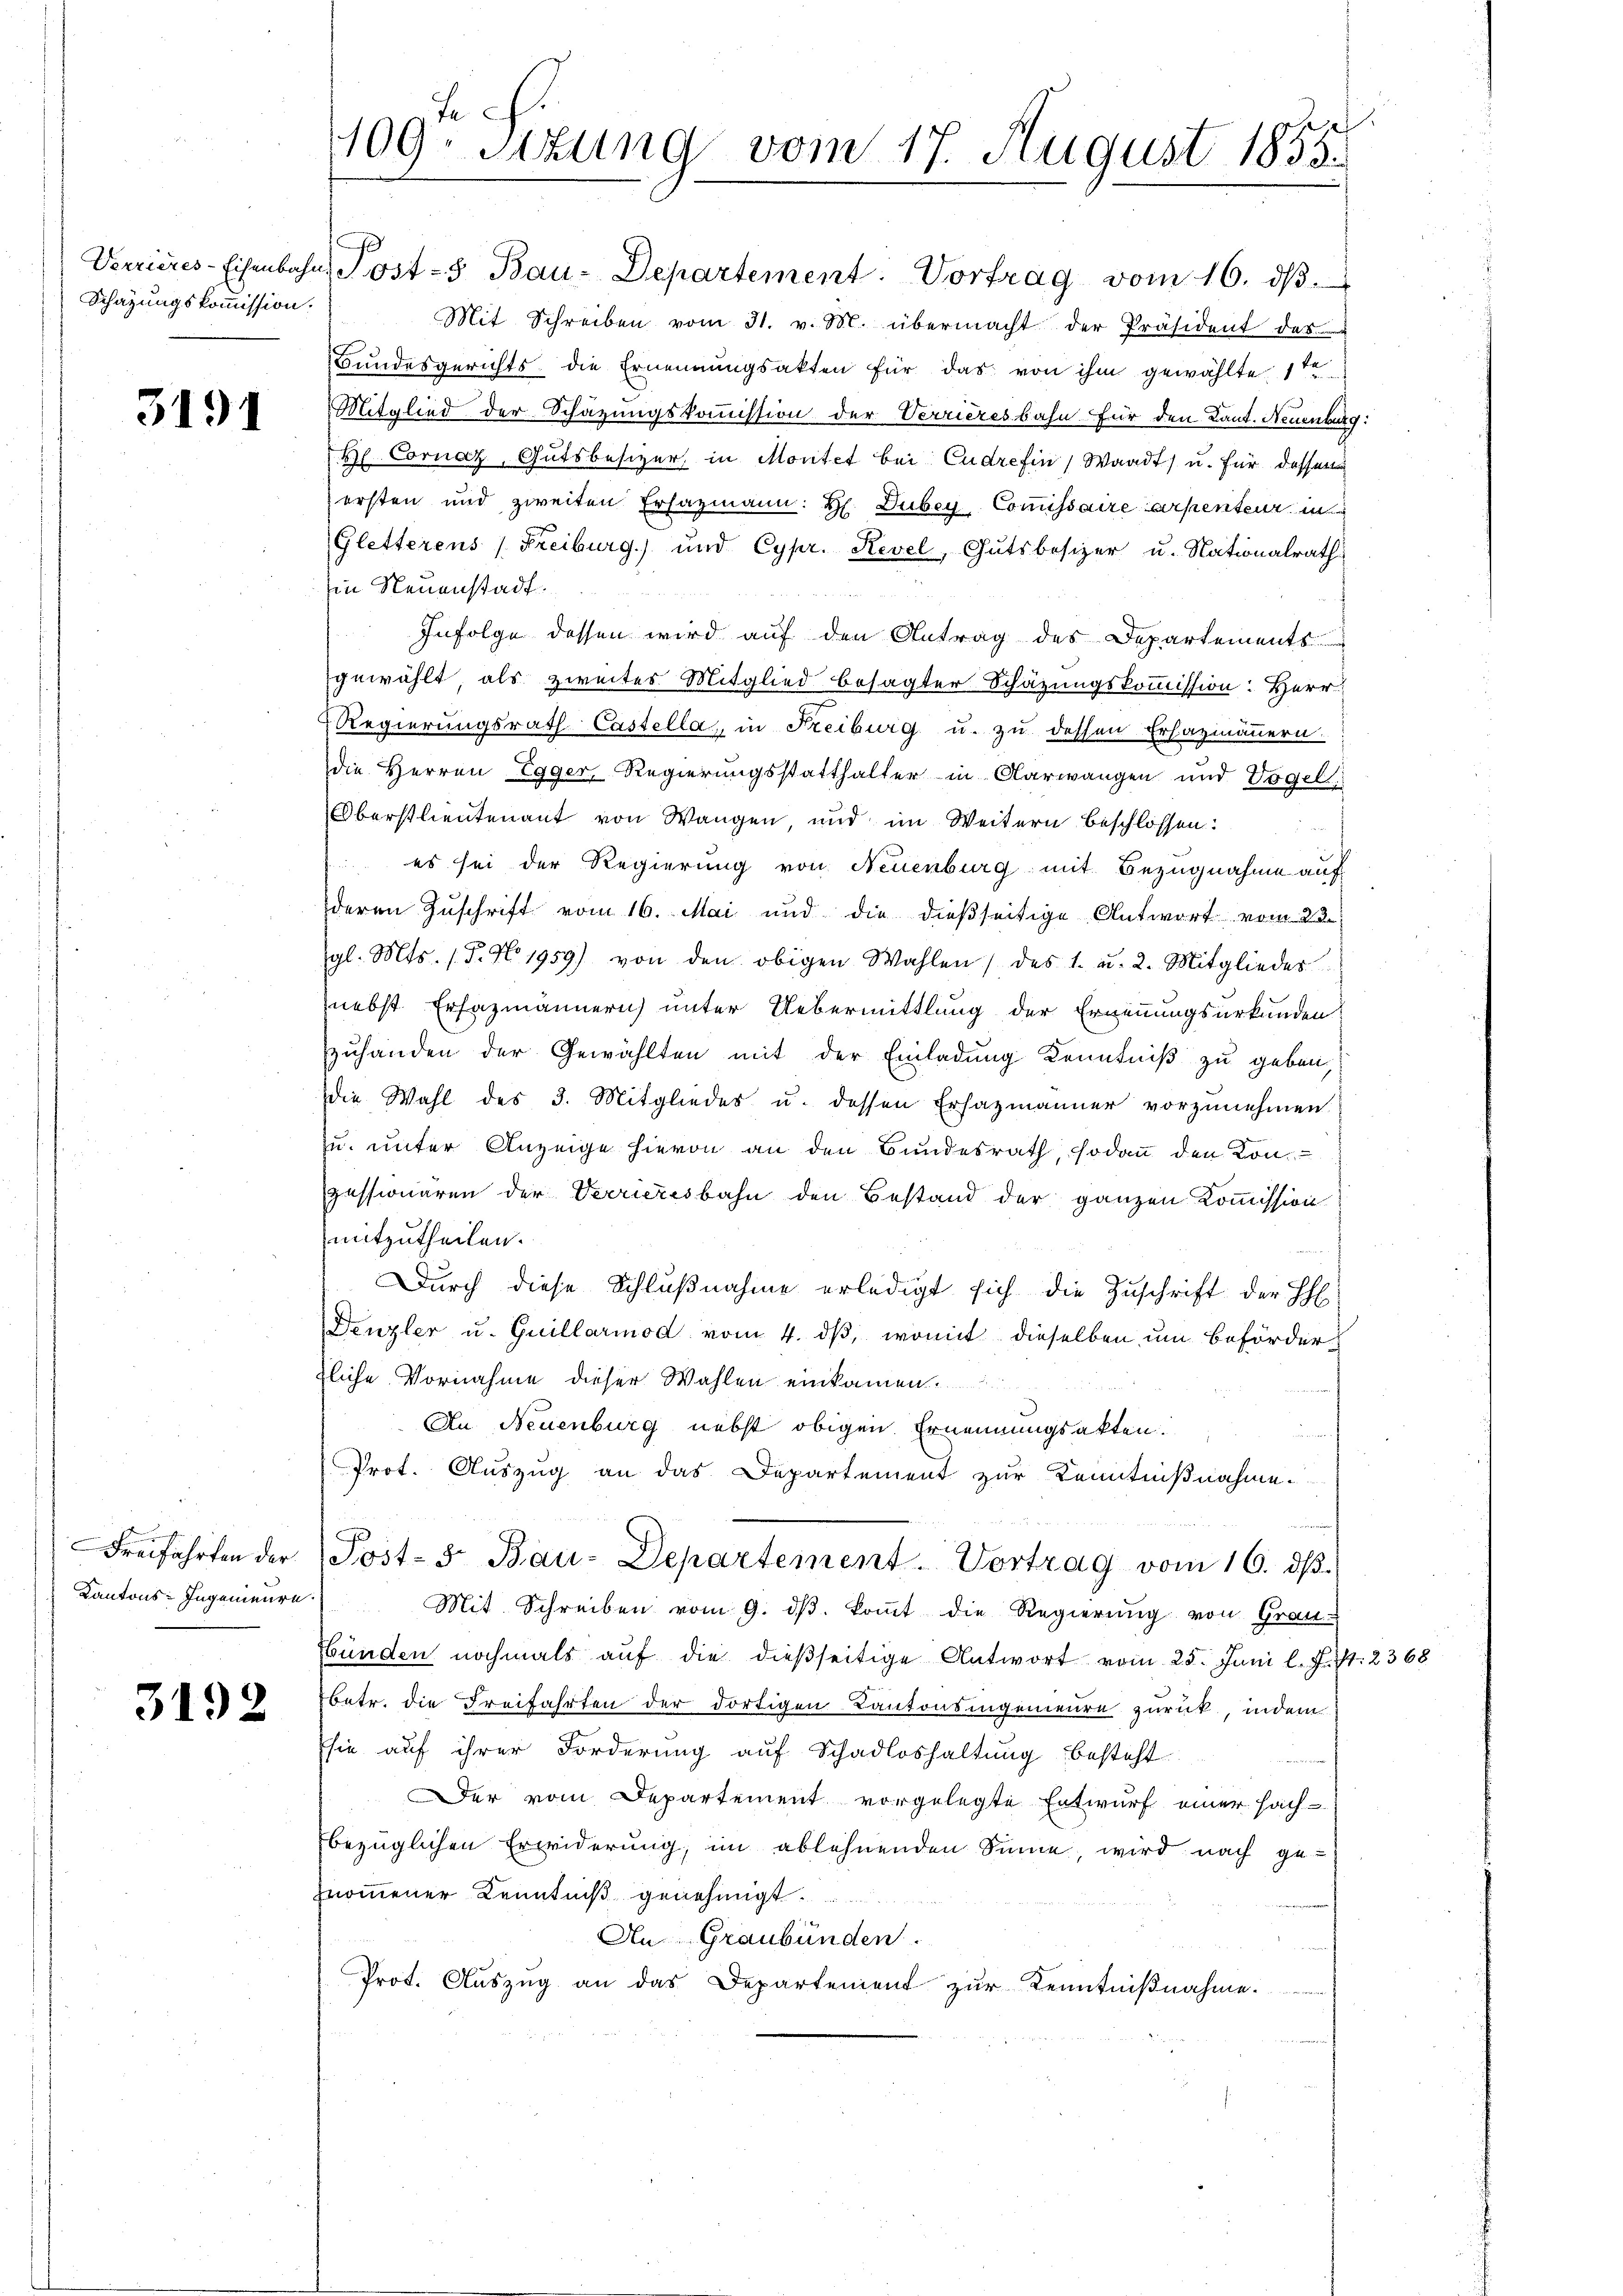
Schazungskommission.

3191

e
Freifahrten der
Kantons-Ingenieure.

3192

J
109. Sitzung vom 17. August 1855.

Mit Schreiben vom 31. v. M. übermacht der Präsident des
Bundesgerichts die Ernennungsakten für das von ihm gewählte ste
Mitglied der Schazungskommission der Verrieresbahn für den Kant. Neuenburg:
Hl. Cornaz, Gutsbesizer, in Montet bei Cudrefin, Waadt) u. für dessen
ersten und zweiten Ersazmann: H. Dubey, Commissaire arsentenz in
Gletterens (Freiburg) und Cypr. Revel, Gutsbesizer u. Nationalrath
in Neuenstadt
Infolge dessen wird auf den Antrag des Departements
gewählt, als zweiter Mitglied besagter Schätzungskommission: Herr
Regierungsrath Castella, in Freiburg u. zu dessen Erhazmännern.
die Herren Egger, Regierungsstatthalter in Olarwangen und Vogel
Oberstlieutenant von Wangen, und im Weitern beschlossen:
 es sei der Regierung von Neuenburg mit Bezugnahme auf
deren Zuschrift vom 16. Mai und die dießseitige Antwort vom 23.
gl. Mts. (T. No 1959) von den obigen Wahlen des 1. u. 2. Mitglieder
nebst Erfazmännern unter Uebermittlung der Ernennungsurkunden
zuhanden der Gewählten mit der Einladung Kenntniß zu geben,
die Wahl des 3. Mitgliedes u. dessen Ersazmänner vorzunehmen.
zu unter Anzeige hievon an den Bundesrath, sodann den Konpessionären der Verrieresbahn den Bestand der ganzen Kommission
mitzutheilen.
Durch diese Schlußnahme erledigt sich die Zuschrift der Eh
Denzler u. Guillarmod vom 4. ds, womit dieselben um Beförderfliche Vornahme dieser Wahlen einkamen.
An Neuenburg nebst obigen Ernennungsakten.
Prot. Auszug an das Departement zur Kenntnißnahme.
Post-S. Bau-Departement-Vortrag vom 16. dβ.
Mit Schreiben vom 9. dβ. kommt die Regierung von Grau-
Ebünden nochmals auf die dießseitige Antwort vom 25. Juni l. J. J. 2368
betr. die Freifahrten der dortigen Kantonsingenieure zurück, indem
sie auf ihrer Forderung auf Schadloshaltung besteht
Der vom Departement vorgelegte Entwurf einer Hach-
bezüglichen Erwiderung, im ablehnenden Sinne, wird nach ge-
nommener Kenntniß genehmigt
An Graubünden.
Prot. Auszug an das Departement zur Kenntnißnahme.

Verrieres-Eisenbahn. Post-5 Bau-Departement. Vortrag vom 16. dβ.